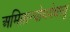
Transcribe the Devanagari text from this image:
अमितान्योधयेद्यस्तु